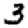
Digit: 3